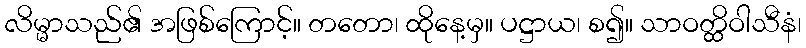
လိမ္မာသည်၏ အဖြစ်ကြောင့်။ တတော၊ ထိုနေ့မှ။ ပဋ္ဌာယ၊ စ၍။ သာဝတ္ထိဝါသီနံ၊